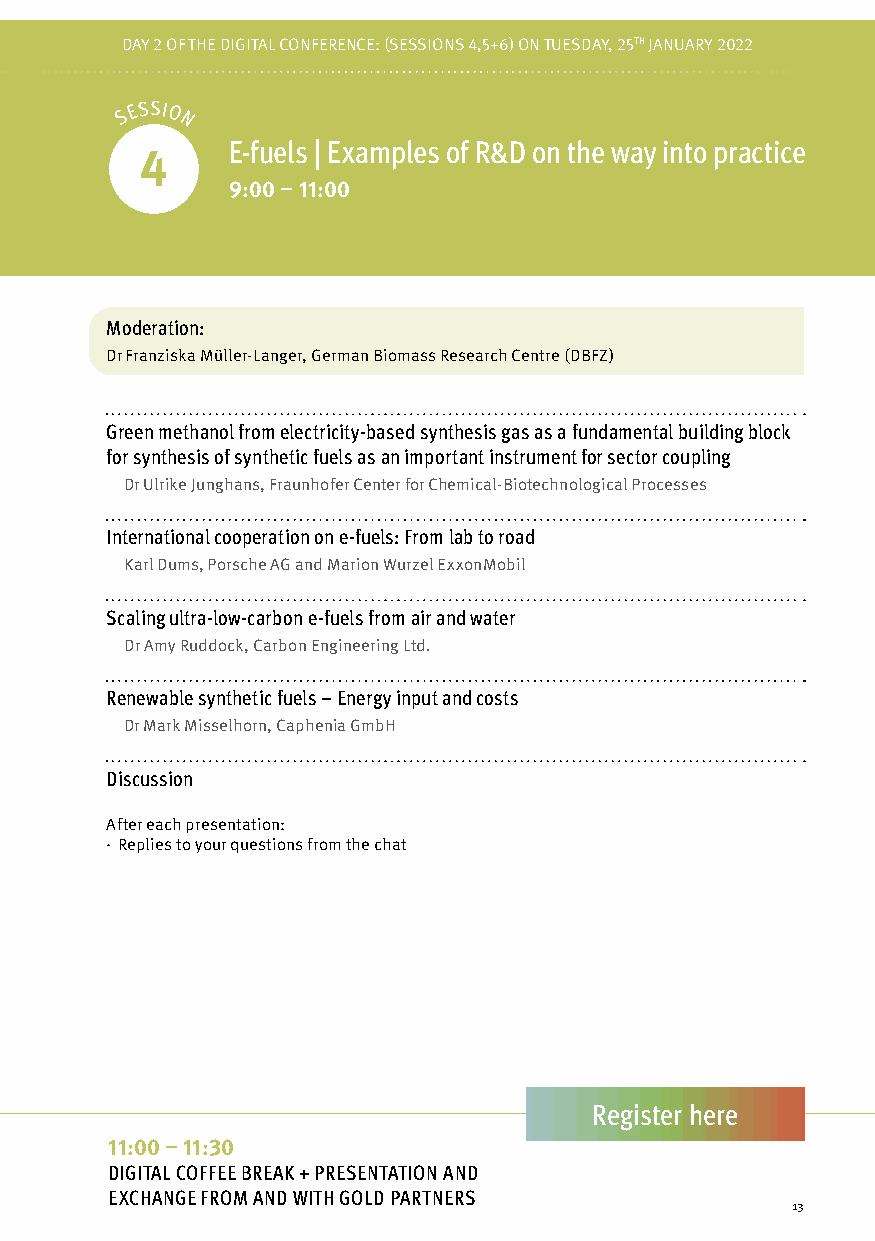
DAY 2 OF THE DIGITAL CONFERENPCREO: G(SREASMSMIOÜNBSE 4R,S5I+C6H)T ON TUESDAY, 25TH JANUARY 2022
 S E SSIO
 N
 E-fuels | Examples of R&D on the way into practice
 4
 9:00 – 11:00
 Moderation:
 Dr Franziska Müller-Langer, German Biomass Research Centre (DBFZ)
 Green methanol from electricity-based synthesis gas as a fundamental building block
 for synthesis of synthetic fuels as an important instrument for sector coupling
 Dr Ulrike Junghans, Fraunhofer Center for Chemical-Biotechnological Processes
 International cooperation on e-fuels: From lab to road
 Karl Dums, Porsche AG and Marion Wurzel ExxonMobil
 Scaling ultra-low-carbon e-fuels from air and water
 Dr Amy Ruddock, Carbon Engineering Ltd.
 Renewable synthetic fuels – Energy input and costs
 Dr Mark Misselhorn, Caphenia GmbH
 Discussion
 After each presentation:
 · Replies to your questions from the chat
 Register here
 11:00 – 11:30
 DIGITAL COFFEE BREAK + PRESENTATION AND
 EXCHANGE FROM AND WITH GOLD PARTNERS
 13